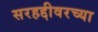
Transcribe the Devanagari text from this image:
सरहद्दीवरच्या